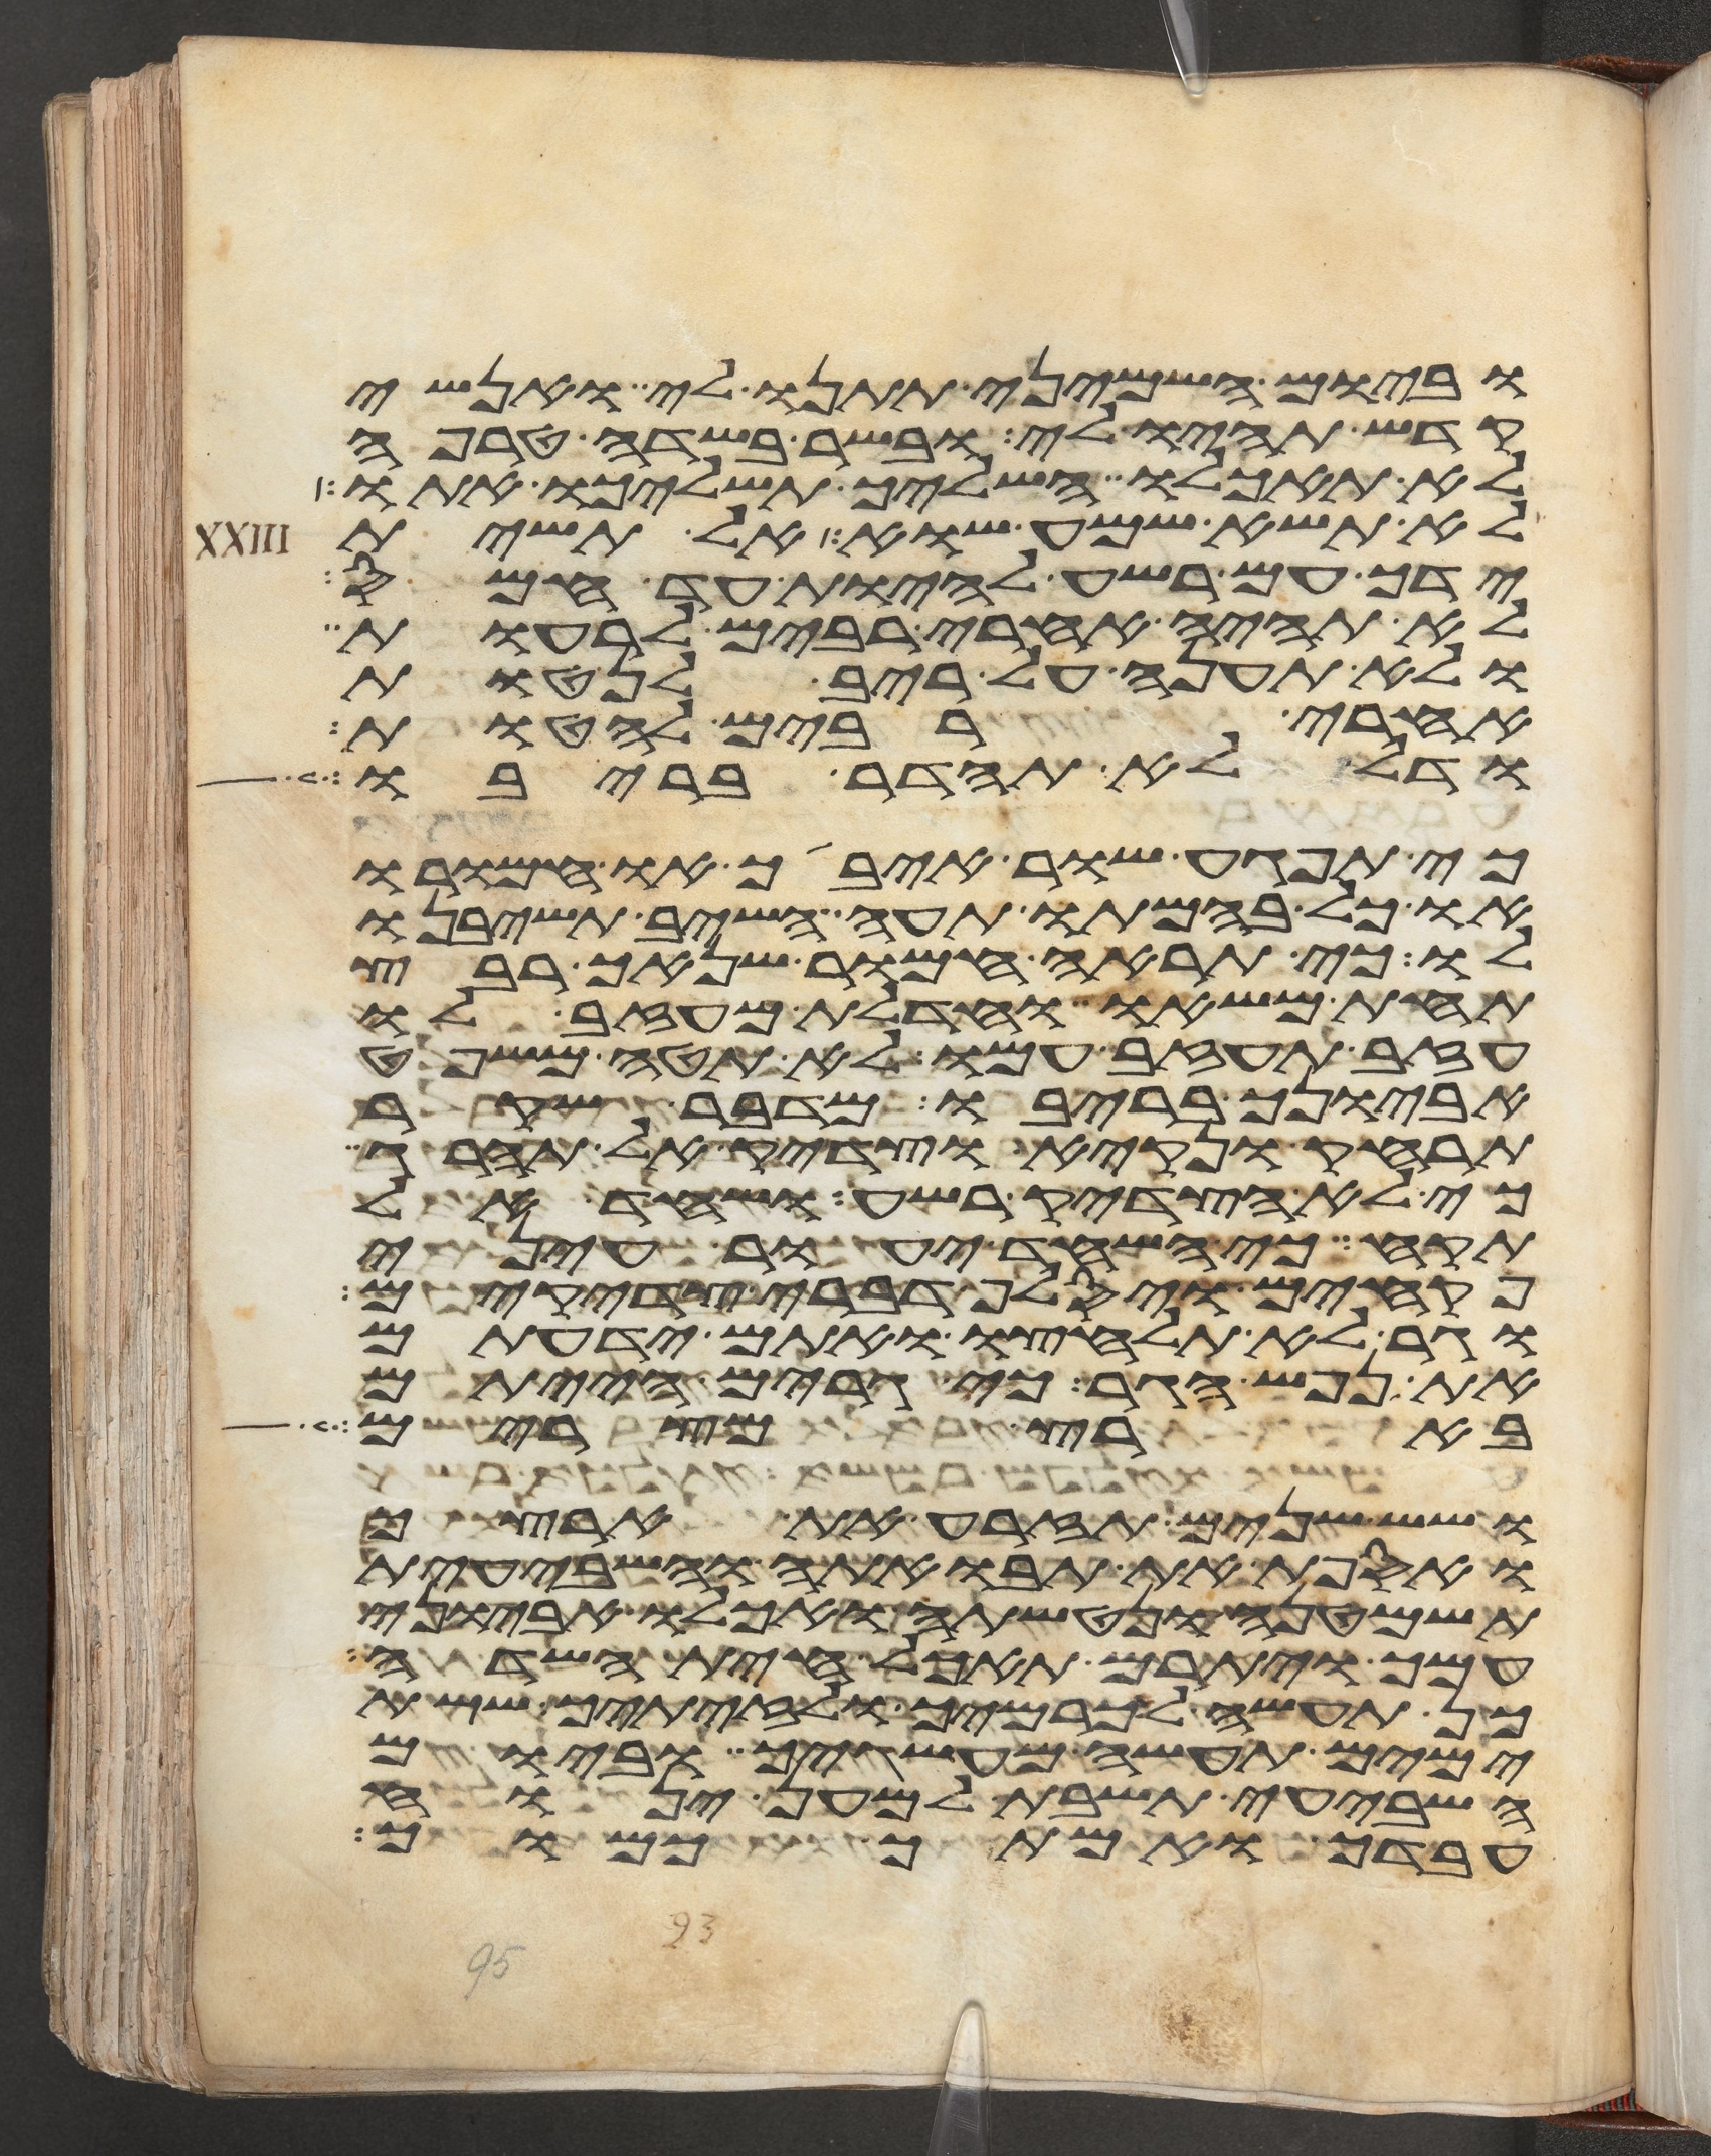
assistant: וביום השמיני תתננו לי ואנשי
קדש תהיו לי ובשר בשדה טרפה
לא תאכלו השליך תשליכו אתו
לא תשא שמע שוא אל תשית
ידך עם רשע להיות עד חמס
לא תהיה אחרי רבים לרעות
ולא תענה על ריב לנטות
אחרי רבים להטות
ודל לא תהדר בריבו
כי תפגע שור איבך או חמורו
או כל בהמתו תעה השב תשיבנו
לו כי תראה חמור שנאך רבץ
תחת משאו וחדלת מעזב לו
עזב תעזב עמו לא תטה משפט
אביונך בריבו מדבר שקר
תרחק ונקיא וצדיק אל תהרג
כי לא הצדיק רשע ושחד אל
תקח כי השחד יעור עיני
פקחים ויסלף דברי צדקים
וגר לא תלחצו ואתם ידעתם
את נפש הגר כי גרים הייתם
בארץ מצרים
ושש שנים תזרע את ארצך
ואספת את תבואתה והשביעית
תשמטנה ונטשתה ואכלו אביוני
עמך ויתרם תאכל חית השדה
כן תעשה לכרמך ולזיתיך ששת
ימים תעשה מעשיך וביום
השביעי תשבת למען ינוח
עבדך ואמתך כמוך